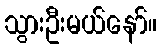
သွားဦးမယ်နော်။